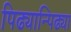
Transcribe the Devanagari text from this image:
पिढ्यान्पिढ्या